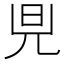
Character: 𪝿